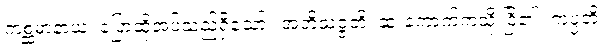
ကစ္ဆမာနာယ၊ ပြောဆိုအပ်သည်ရှိသော်။ အဘိသဇ္ဇတိ၊ ဆူးကောက်ကဲ့သို့ ငြိ၏။ ကုပ္ပတိ၊